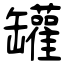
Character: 罐